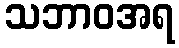
သဘာဝအရ